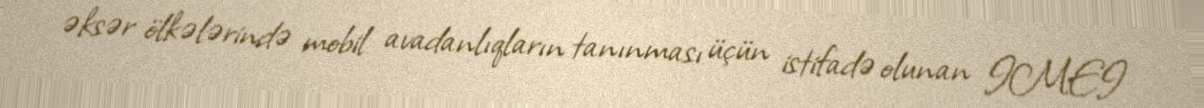
əksər ölkələrində mobil avadanlıqların tanınması üçün istifadə olunan IMEI